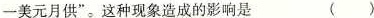
一美元月供”。这种现象造成的影响是 ( )